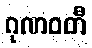
ဂုဏဝတီ